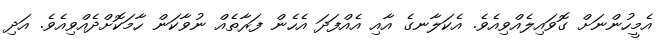
އެމީހުންނަށް ގޮވައިލެއްވިއެވެ. އެކަލާނގެ އާއި އެއްފަދަ އެހެން ފަރާތެއް ނުވާކަން ހާމަކޮށްދެއްވިއެވެ. އަދި